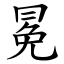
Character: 冕